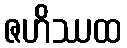
ဇဟိဿထ